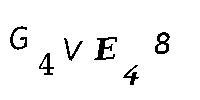
G4VE48